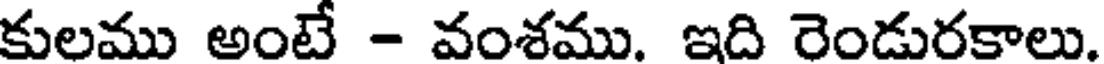
కులము అంటే - వంశము. ఇది రెండురకాలు.